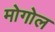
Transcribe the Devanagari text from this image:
मोगोल